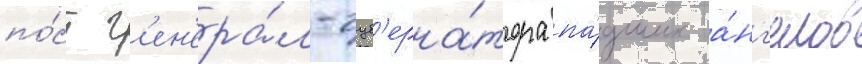
по́ст г'ен'ера́л-губ'ерна́тора па́дших а́нг'елов